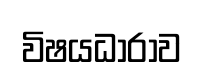
විෂයධාරාව